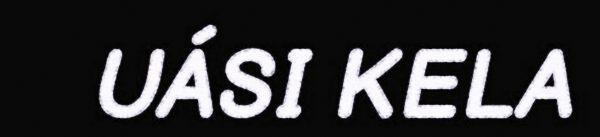
UÁSI KELA